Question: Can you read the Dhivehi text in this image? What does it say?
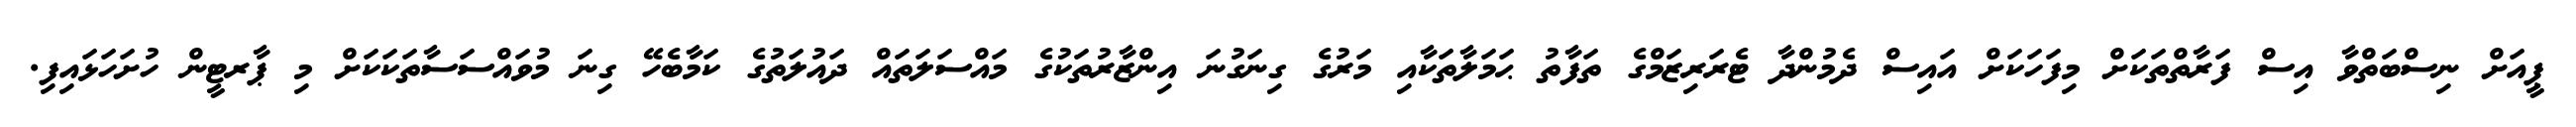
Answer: ޕީއަށް ނިސްބަތްވާ އިސް ފަރާތްތަކަށް މިފަހަކަށް އައިސް ދެމުންދާ ޓެރަރިޒަމްގެ ތަފާތު ޙަމަލާތަކާއި މަރުގެ ގިނަގުނަ އިންޒާރުތަކުގެ މައްސަލަތައް ދައުލަތުގެ ކަމާބެހޭ ގިނަ މުވައްސަސާތަކަކަށް މި ޕާރޓީން ހުށަހަޅައިފި.